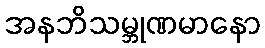
အနဘိသမ္ဘုဏမာနော